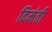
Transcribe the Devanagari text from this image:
दिमंती